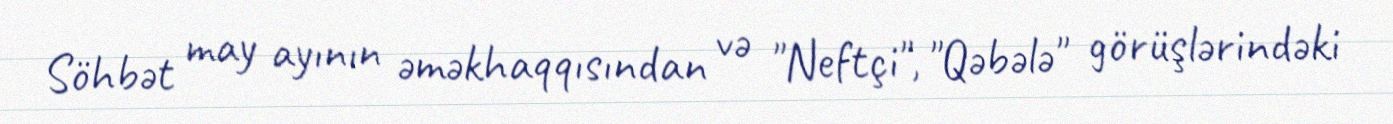
Söhbət may ayının əməkhaqqısından və "Neftçi", "Qəbələ" görüşlərindəki